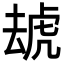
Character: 䖔